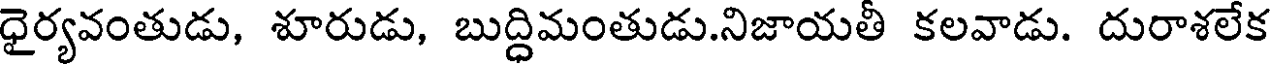
ధైర్యవంతుడు, శూరుడు, బుద్ధిమంతుడు.నిజాయతీ కలవాడు. దురాశలేక